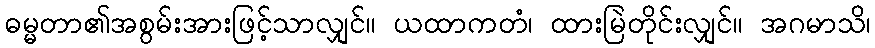
ဓမ္မတာ၏အစွမ်းအားဖြင့်သာလျှင်။ ယထာကတံ၊ ထားမြဲတိုင်းလျှင်။ အဂမာသိ၊